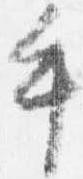
手